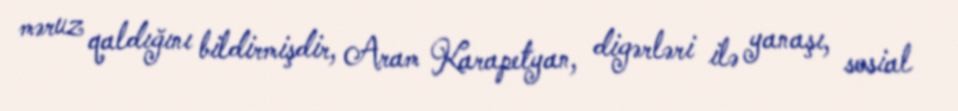
məruz qaldığını bildirmişdir, Aram Karapetyan, digərləri ilə yanaşı, sosial